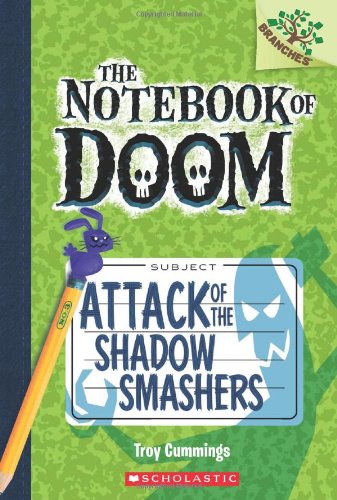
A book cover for The Notebook of Doom #3: Attack of the Shadow Smashers (A Branches Book); Troy Cummings; Children's Books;